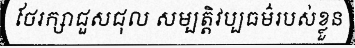
ថែរក្សាជួសជុល សម្បត្តិវប្បធម៌របស់ខ្លួន